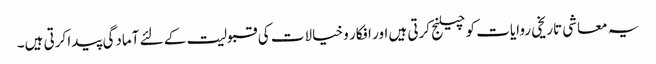
یہ معاشی تاریخی روایات کو چیلنج کرتی ہیں اور افکار و خیالات کی قبولیت کے لئے آمادگی پیدا کرتی ہیں۔